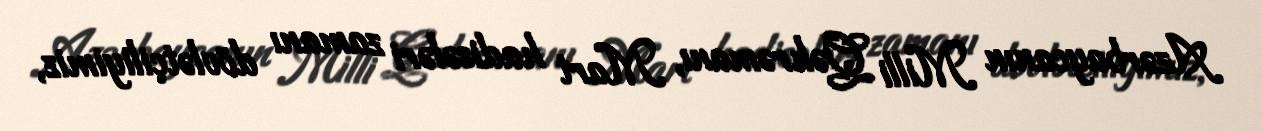
Azərbaycanın Milli Qəhrəmanı, Mart hadisələri zamanı dövlətçiliyimiz,